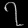
Digit: ၇